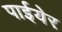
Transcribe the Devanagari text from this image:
पाईयेर